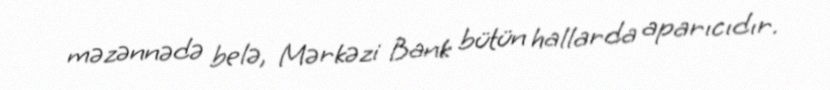
məzənnədə belə, Mərkəzi Bank bütün hallarda aparıcıdır.